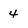
Character: 4